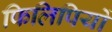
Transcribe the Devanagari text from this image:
फिलिपियों